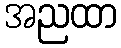
အညထာ